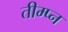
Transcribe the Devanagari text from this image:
तीम्प्न